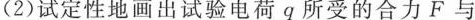
(2)试定性地画出试验电荷q所受的合力F与